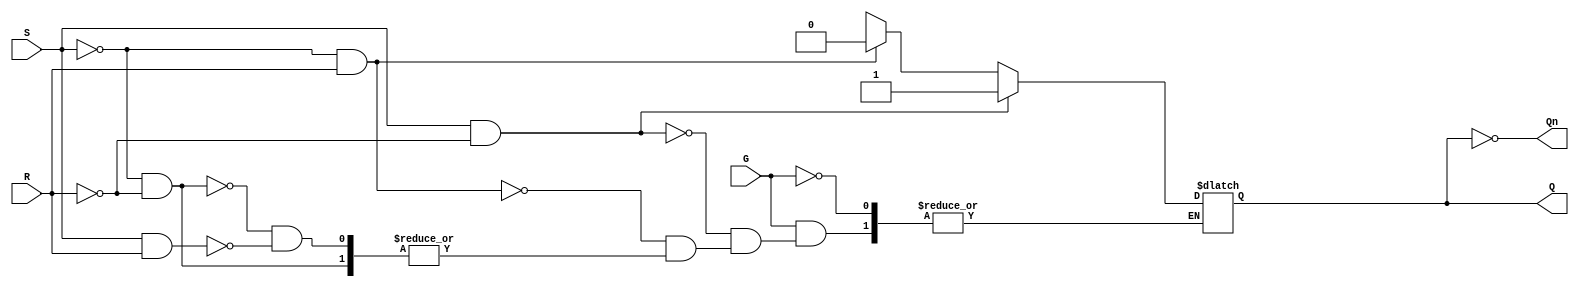
module gated_sr_latch (
    input wire S,      // Set input
    input wire R,      // Reset input
    input wire G,      // Enable input (Gate)
    output reg Q,      // Output Q
    output wire Qn     // Output Q' (not Q)
);

    // Invert Q for Qn output
    assign Qn = ~Q;

    // Always block to implement the gated SR latch behavior
    always @(*) begin
        if (G) begin
            if (S && !R) begin
                Q <= 1;   // Set state
            end else if (!S && R) begin
                Q <= 0;   // Reset state
            end else if (!S && !R) begin
                // Maintain previous state (no change)
                Q <= Q;   // This line is not necessary but shows intent
            end else if (S && R) begin
                // Invalid state, typically we can either ignore or handle it
                // For simulation purposes, we might want to set Q to an undefined state
                Q <= 1'bx; // Indeterminate state
            end
        end
        // If G is low, Q retains its previous state
    end

endmodule